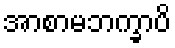
အာစာမဘက္ခာပိ